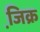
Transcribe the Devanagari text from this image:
जि़क्र